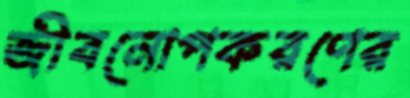
জীবনোপকরণের